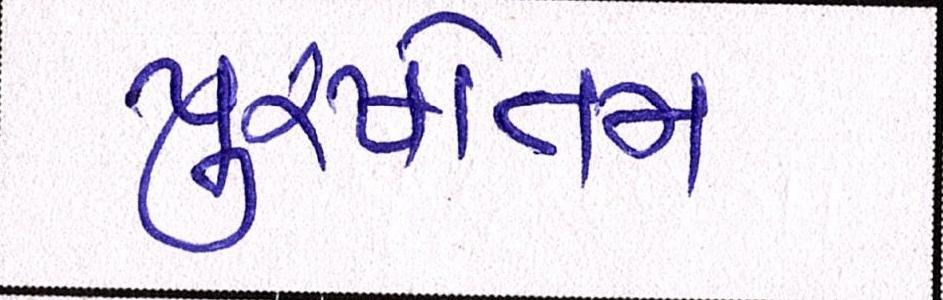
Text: પુરષોત્તમ